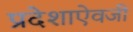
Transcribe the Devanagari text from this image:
प्रदेशाऐवजी